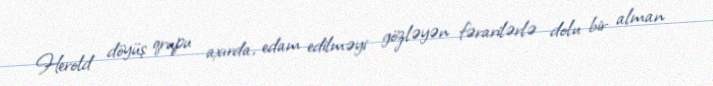
Herold döyüş qrupu axırda, edam edilməyi gözləyən fərarilərlə dolu bir alman